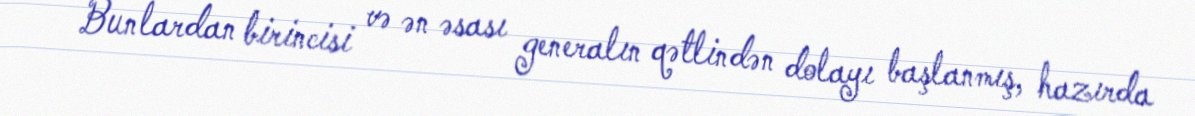
Bunlardan birincisi və ən əsası generalın qətlindən dolayı başlanmış, hazırda